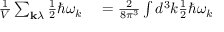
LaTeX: \begin{array} { r l } { { \frac { 1 } { V } } \sum _ { \mathbf { k } \lambda } { \frac { 1 } { 2 } } \hbar \omega _ { k } } & { { } = { \frac { 2 } { 8 \pi ^ { 3 } } } \int d ^ { 3 } k { \frac { 1 } { 2 } } \hbar \omega _ { k } } \end{array}